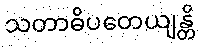
သတာဓိပတေယျန္တိ